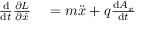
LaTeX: \begin{array} { r l } { { \frac { \mathrm { d } } { \mathrm { d } t } } { \frac { \partial L } { \partial { \dot { x } } } } } & { { } = m { \ddot { x } } + q { \frac { \mathrm { d } A _ { x } } { \mathrm { d } t } } } \end{array}